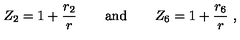
Z _ { 2 } = 1 + \frac { r _ { 2 } } { r } \qquad \mathrm { a n d } \qquad Z _ { 6 } = 1 + \frac { r _ { 6 } } { r } \ ,